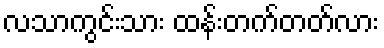
လသာကွင်းသား ထန်းတက်တတ်လား